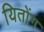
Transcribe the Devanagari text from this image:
यितोंग